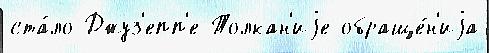
ста́ло Джуз'епп'е Толкан'иjе обраще́н'иjа